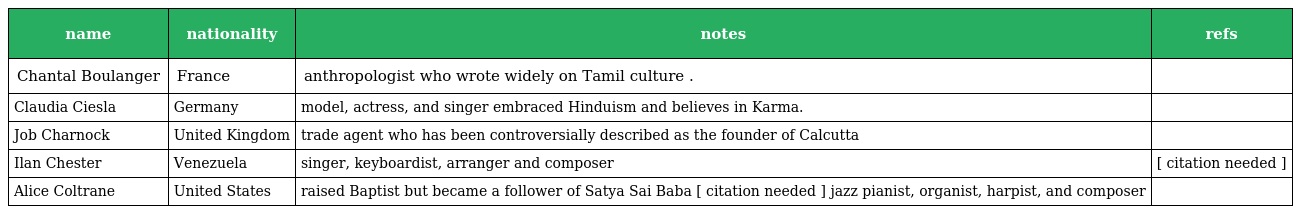
| name | nationality | notes | refs |
 | --- | --- | --- | --- |
 | Chantal Boulanger | France | anthropologist who wrote widely on Tamil culture . |  |
 | Claudia Ciesla | Germany | model, actress, and singer embraced Hinduism and believes in Karma. |  |
 | Job Charnock | United Kingdom | trade agent who has been controversially described as the founder of Calcutta |  |
 | Ilan Chester | Venezuela | singer, keyboardist, arranger and composer | [ citation needed ] |
 | Alice Coltrane | United States | raised Baptist but became a follower of Satya Sai Baba [ citation needed ] jazz pianist, organist, harpist, and composer |  |